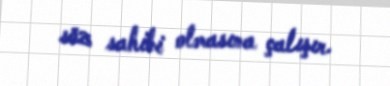
söz sahibi olmasına çalışır.